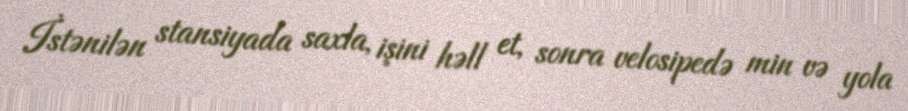
İstənilən stansiyada saxla, işini həll et, sonra velosipedə min və yola